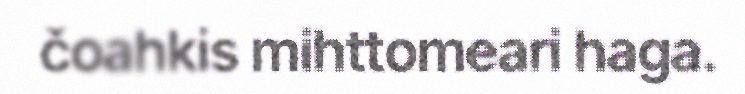
čoahkis mihttomeari haga.